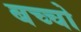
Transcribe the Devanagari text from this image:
बच्‍चो